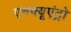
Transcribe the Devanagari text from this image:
एनक्यूएंट्रो